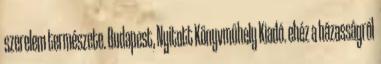
szerelem természete. Budapest, Nyitott Könyvműhely Kiadó. ehéz a házasságról